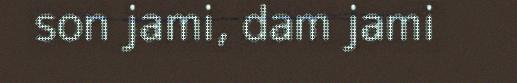
son jami, dam jami